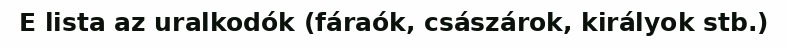
E lista az uralkodók (fáraók, császárok, királyok stb.)